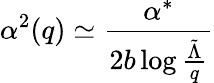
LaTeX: \alpha^{2}(q)\simeq\frac{\alpha^{*}}{2b\log\frac{\tilde{\Lambda}}{q}}